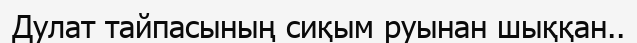
Дулат тайпасының сиқым руынан шыққан..